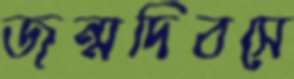
জন্মদিবসে